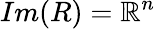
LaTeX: Im(R)=\mathbb{R}^{n}